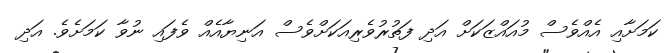
ކަމަށާއި އެއްވެސް މުއައްޒަަކަށް އަދި ފަތުރުވެރިއަކަށްވެސް އަނިޔާއެއް ވެފައި ނުވާ ކަމަށެވެ. އަދި